Note on the mental hospitals in Burma - 1925-1940
Year: 1925
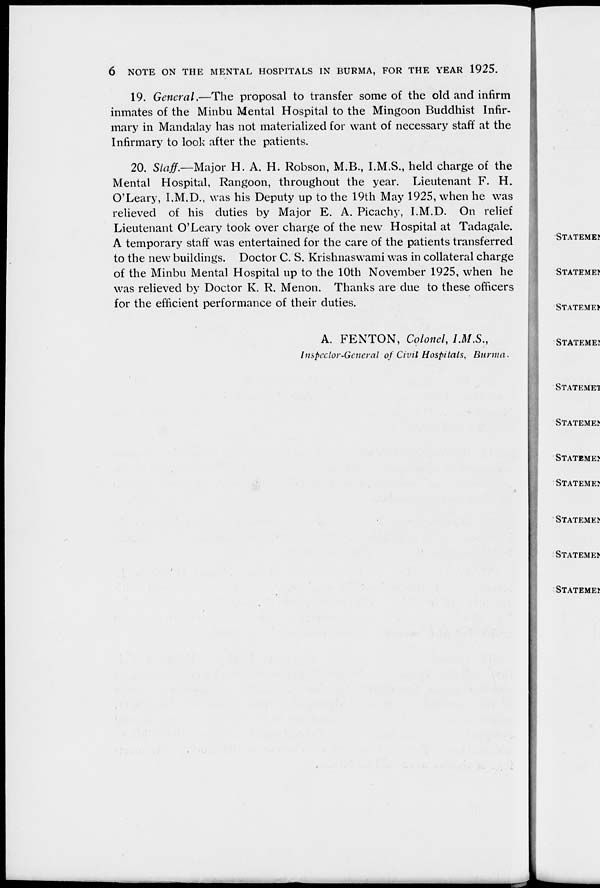
6 NOTE ON THE MENTAL HOSPITALS IN BURMA, FOR THE YEAR 1925.
19. General.—The proposal to transfer some of the old and infirm
inmates of the Minbu Mental Hospital to the Mingoon Buddhist Infir-
mary in Mandalay has not materialized for want of necessary staff at the
Infirmary to look after the patients.
20. Staff.—Major H. A. H. Robson, M.B., I.M.S., held charge of the
Mental Hospital, Rangoon, throughout the year. Lieutenant F. H.
O'Leary, I.M.D., was his Deputy up to the 19th May 1925, when he was
relieved of his duties by Major E. A. Picachy, I.M.D. On relief
Lieutenant O'Leary took over charge of the new Hospital at Tadagale.
A temporary staff was entertained for the care of the patients transferred
to the new buildings. Doctor C. S. Krishnaswami was in collateral charge
of the Minbu Mental Hospital up to the 10th November 1925, when he
was relieved by Doctor K. R. Menon. Thanks are due to these officers
for the efficient performance of their duties.
A. FENTON, Colonel, I.M.S.,
Inspector-General of Civil Hospitals,
Burma.